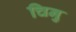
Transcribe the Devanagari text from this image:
चिनु